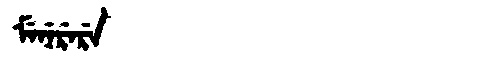
Manchu: ᠮᡝᠨᡝᡵᡝᡵᡝ
Romanization: MENERERE